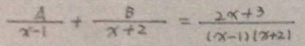
\frac { A } { x - 1 } + \frac { 8 } { x + 2 } = \frac { 2 x + 3 } { ( x - 1 ) ( x + 2 ) }